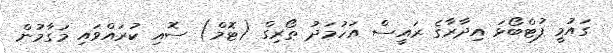
ގައުމީ ފުޓްބޯޅަ އިދާރާގެ ރައީސް އަހުމަދު ތޯރިގް (ޓޮމް) ސޮއި ކުރައްވައި މަގާމުން